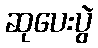
ဆုပေးပွဲ